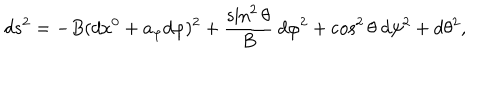
d s ^ { 2 } = - B ( d x ^ { 0 } + a _ { \varphi } d \varphi ) ^ { 2 } + { \frac { \sin ^ { 2 } \theta } { B } } ~ d \varphi ^ { 2 } + \cos ^ { 2 } \theta ~ d \psi ^ { 2 } + d \theta ^ { 2 } ,